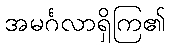
အမင်္ဂလာရှိကြ၏